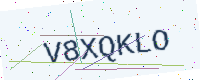
Text: V8XQKLO